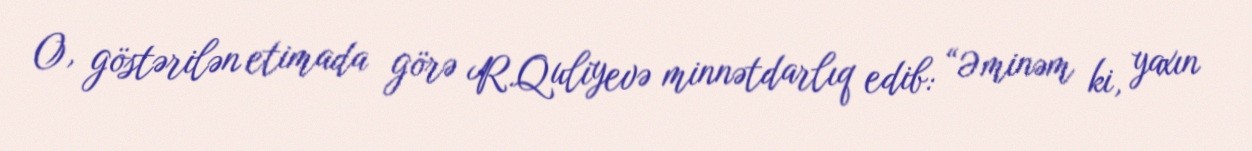
O, göstərilən etimada görə R.Quliyevə minnətdarlıq edib: “Əminəm ki, yaxın